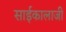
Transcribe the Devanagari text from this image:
साईकालाजी